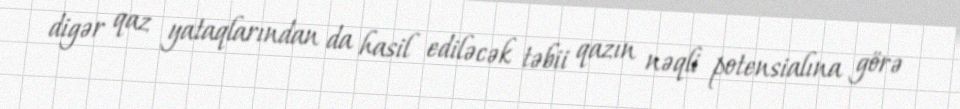
digər qaz yataqlarından da hasil ediləcək təbii qazın nəqli potensialına görə